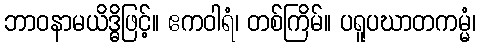
ဘာဝနာမယိဒ္ဓိဖြင့်။ ဧကဝါရံ၊ တစ်ကြိမ်။ ပရူပဃာတကမ္မံ၊